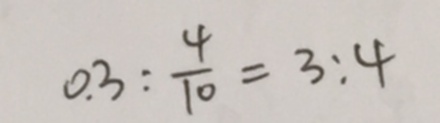
0 . 3 : \frac { 4 } { 1 0 } = 3 : 4